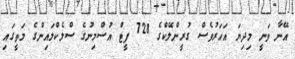
އޭނާ ވަނީ މިދިޔަ އަހަރުވެސް ގުރީންލޭކްގެ 728 ފީޓް އުސްމިނުގެ ސްލެކްލައިންގެ މަތީގައި